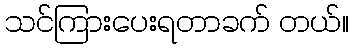
သင်ကြားပေးရတာခက် တယ်။